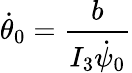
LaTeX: \dot{\theta}_{0}=\frac{b}{I_{3}\dot{\psi}_{0}}